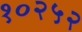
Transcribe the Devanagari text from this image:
१०२५२